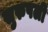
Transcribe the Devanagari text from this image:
सुरुपली